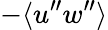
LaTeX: -\langle{u^{\prime\prime}w^{\prime\prime}}\rangle